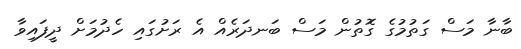
ބާނާ މަސް ގަތުމުގެ ގޮތުން މަސް ބަނދަރެއް އެ ރަށުގައި ހެދުމަށް ދީފައިވާ